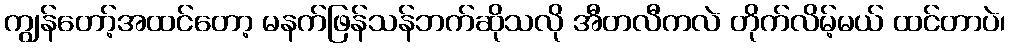
ကျွန်တော့်အထင်တော့ မနက်ဖြန်သန်ဘက်ဆိုသလို အီတလီကလဲ တိုက်လိမ့်မယ် ထင်တာပဲ၊